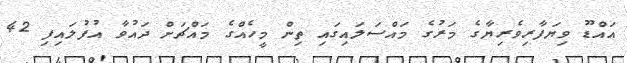
އައްޑޫ ވިޔަފާރިވެރިޔާގެ މަރުގެ މައްސަލައިގައި ތިން މީހެއްގެ މައްޗަށް ދައުވާ އުފުލައިފި 42